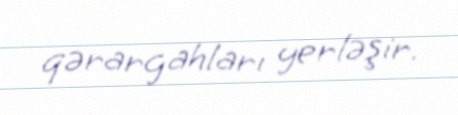
qərargahları yerləşir.